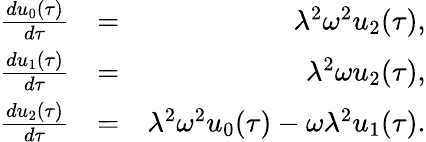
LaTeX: \begin{array}{rlr}{\frac{du_{0}(\tau)}{d\tau}}&{=}&{\lambda^{2}\omega^{2}u_{2}(\tau),}\\ {\frac{du_{1}(\tau)}{d\tau}}&{=}&{\lambda^{2}\omega u_{2}(\tau),}\\ {\frac{du_{2}(\tau)}{d\tau}}&{=}&{\lambda^{2}\omega^{2}u_{0}(\tau)-\omega\lambda^{2}u_{1}(\tau).}\end{array}